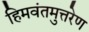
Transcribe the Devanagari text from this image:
हिमवंतमुत्तरेण